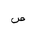
Letter: _sad